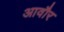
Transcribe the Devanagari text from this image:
आवौर